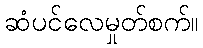
ဆံပင်လေမှုတ်စက်။